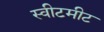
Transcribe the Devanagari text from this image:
स्वीटमीट